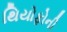
થિયોફોની